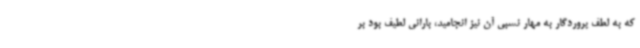
که به لطف پروردگار به مهار نسبی آن نیز انجامید، بارانی لطیف بود بر